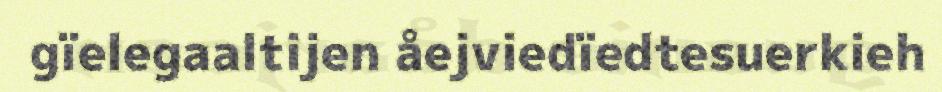
gïelegaaltijen åejviedïedtesuerkieh